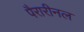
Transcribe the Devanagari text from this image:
पैरारीनल